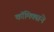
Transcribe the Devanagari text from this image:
कॉमिक्सने